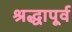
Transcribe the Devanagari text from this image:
श्रद्धापूर्व